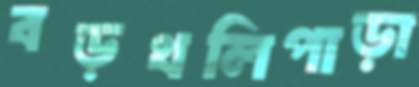
বড়থলিপাড়া